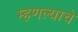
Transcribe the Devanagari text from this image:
म्हणल्याचे